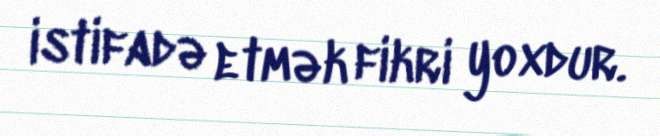
istifadə etmək fikri yoxdur.